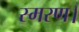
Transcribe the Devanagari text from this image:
स्मरण।